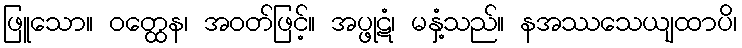
ဖြူသော။ ဝတ္ထေန၊ အဝတ်ဖြင့်။ အပ္ဖုဋံ၊ မနှံ့သည်။ နအဿသေယျထာပိ၊